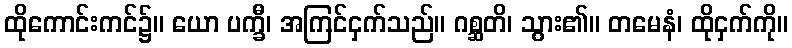
ထိုကောင်းကင်၌။ ယော ပက္ခီ၊ အကြင်ငှက်သည်။ ဂစ္ဆတိ၊ သွား၏။ တမေနံ၊ ထိုငှက်ကို။